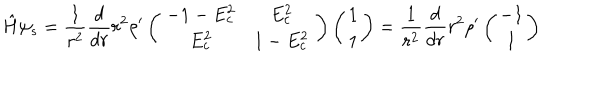
{ \hat { H } } \psi _ { s } = \frac { 1 } { r ^ { 2 } } \frac { d } { d r } r ^ { 2 } { \rho } ^ { \prime } \left( \begin{array} { c } { { \begin{array} { c c } { { - 1 - E _ { c } ^ { 2 } } } & { { E _ { c } ^ { 2 } } } \\ { { E _ { c } ^ { 2 } } } & { { 1 - E _ { c } ^ { 2 } } } \\ \end{array} } } \\ \end{array} \right) \left( \begin{array} { c } { { 1 } } \\ { { 1 } } \\ \end{array} \right) = \frac { 1 } { r ^ { 2 } } \frac { d } { d r } r ^ { 2 } { \rho } ^ { \prime } \left( \begin{array} { c } { { - 1 } } \\ { { 1 } } \\ \end{array} \right)